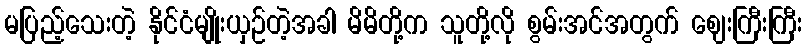
မပြည့်သေးတဲ့ နိုင်ငံမျိုးယှဉ်တဲ့အခါ မိမိတို့က သူတို့လို စွမ်းအင်အတွက် ဈေးကြီးကြီး